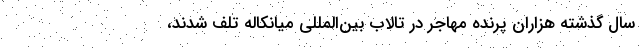
سال گذشته هزاران پرنده مهاجر در تالاب بین‌المللی میانکاله تلف شدند،